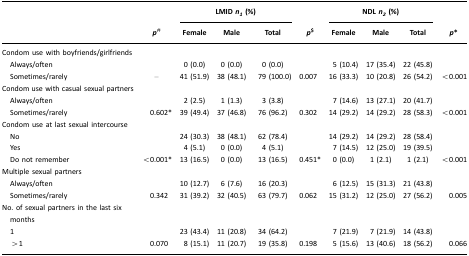
<table><thead><tr><td></td><td></td><td colspan="3"><b>LMID <i>n</i><sub><i>1</i></sub> (%)</b></td><td></td><td colspan="3"><b>NDL <i>n</i><sub><i>2</i></sub> (%)</b></td><td></td></tr><tr><td></td><td><b><i>p</i>#</b></td><td><b>Female</b></td><td><b>Male</b></td><td><b>Total</b></td><td><b><i>p</i>$</b></td><td><b>Female</b></td><td><b>Male</b></td><td><b>Total</b></td><td><b><i>p</i>*</b></td></tr></thead><tbody><tr><td>Condom use with boyfriends/girlfriends</td><td></td><td></td><td></td><td></td><td></td><td></td><td></td><td></td><td></td></tr><tr><td> Always/often</td><td></td><td>0 (0.0)</td><td>0 (0.0)</td><td>0 (0.0)</td><td></td><td>5 (10.4)</td><td>17 (35.4)</td><td>22 (45.8)</td><td></td></tr><tr><td> Sometimes/rarely</td><td>–</td><td>41 (51.9)</td><td>38 (48.1)</td><td>79 (100.0)</td><td>0.007</td><td>16 (33.3)</td><td>10 (20.8)</td><td>26 (54.2)</td><td>&lt;0.001</td></tr><tr><td>Condom use with casual sexual partners</td><td></td><td></td><td></td><td></td><td></td><td></td><td></td><td></td><td></td></tr><tr><td> Always/often</td><td></td><td>2 (2.5)</td><td>1 (1.3)</td><td>3 (3.8)</td><td></td><td>7 (14.6)</td><td>13 (27.1)</td><td>20 (41.7)</td><td></td></tr><tr><td> Sometimes/rarely</td><td>0.602*</td><td>39 (49.4)</td><td>37 (46.8)</td><td>76 (96.2)</td><td>0.302</td><td>14 (29.2)</td><td>14 (29.2)</td><td>28 (58.3)</td><td>&lt;0.001</td></tr><tr><td>Condom use at last sexual intercourse</td><td></td><td></td><td></td><td></td><td></td><td></td><td></td><td></td><td></td></tr><tr><td> No</td><td></td><td>24 (30.3)</td><td>38 (48.1)</td><td>62 (78.4)</td><td></td><td>14 (29.2)</td><td>14 (29.2)</td><td>28 (58.4)</td><td></td></tr><tr><td> Yes</td><td></td><td>4 (5.1)</td><td>0 (0.0)</td><td>4 (5.1)</td><td></td><td>7 (14.5)</td><td>12 (25.0)</td><td>19 (39.5)</td><td></td></tr><tr><td> Do not remember</td><td>&lt;0.001*</td><td>13 (16.5)</td><td>0 (0.0)</td><td>13 (16.5)</td><td>0.451*</td><td>0 (0.0)</td><td>1 (2.1)</td><td>1 (2.1)</td><td>&lt;0.001</td></tr><tr><td>Multiple sexual partners</td><td></td><td></td><td></td><td></td><td></td><td></td><td></td><td></td><td></td></tr><tr><td> Always/often</td><td></td><td>10 (12.7)</td><td>6 (7.6)</td><td>16 (20.3)</td><td></td><td>6 (12.5)</td><td>15 (31.3)</td><td>21 (43.8)</td><td></td></tr><tr><td> Sometimes/rarely</td><td>0.342</td><td>31 (39.2)</td><td>32 (40.5)</td><td>63 (79.7)</td><td>0.062</td><td>15 (31.2)</td><td>12 (25.0)</td><td>27 (56.2)</td><td>0.005</td></tr><tr><td>No. of sexual partners in the last six months</td><td></td><td></td><td></td><td></td><td></td><td></td><td></td><td></td><td></td></tr><tr><td> 1</td><td></td><td>23 (43.4)</td><td>11 (20.8)</td><td>34 (64.2)</td><td></td><td>7 (21.9)</td><td>7 (21.9)</td><td>14 (43.8)</td><td></td></tr><tr><td> &gt;1</td><td>0.070</td><td>8 (15.1)</td><td>11 (20.7)</td><td>19 (35.8)</td><td>0.198</td><td>5 (15.6)</td><td>13 (40.6)</td><td>18 (56.2)</td><td>0.066</td></tr></tbody></table>